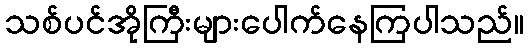
သစ်ပင်အိုကြီးများပေါက်နေကြပါသည်။